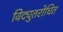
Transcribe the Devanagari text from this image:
विद्युतरोधित